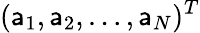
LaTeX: (\mathsf{a}_{1},\mathsf{a}_{2},\ldots,\mathsf{a}_{N})^{T}